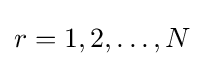
r=1,2,\ldots ,N